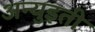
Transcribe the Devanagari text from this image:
अन्युइती